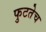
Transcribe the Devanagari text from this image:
फुटतेच